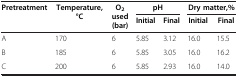
<table><thead><tr><td><b>Pretreatment</b></td><td><b>Temperature,</b></td><td><b> O<sub>2 </sub></b></td><td colspan="2"><b>pH</b></td><td colspan="2"><b>Dry matter,%</b></td></tr><tr><td><b> </b></td><td><b>°C</b></td><td><b> used</b></td><td><b> Initial</b></td><td><b> Final</b></td><td><b>Initial</b></td><td><b>Final</b></td></tr><tr><td><b> </b></td><td><b> </b></td><td><b>(bar)</b></td><td colspan="2"><b> </b></td><td colspan="2"><b> </b></td></tr></thead><tbody><tr><td>A</td><td>170</td><td>6</td><td>5.85</td><td>3.12</td><td>16.0</td><td>15.5</td></tr><tr><td>B</td><td>185</td><td>6</td><td>5.85</td><td>3.05</td><td>16.0</td><td>16.2</td></tr><tr><td>C</td><td>200</td><td>6</td><td>5.85</td><td>2.93</td><td>16.0</td><td>14.0</td></tr></tbody></table>